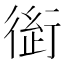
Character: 𰳭